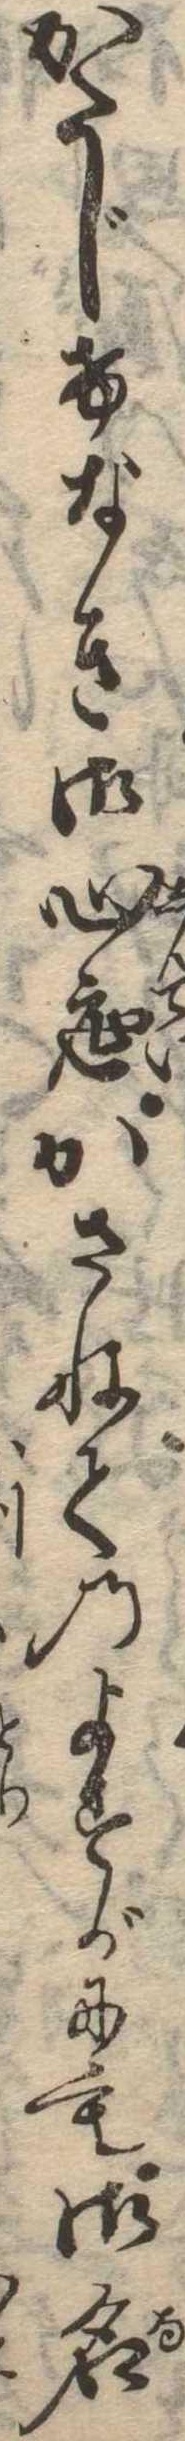
かたじけなき御心底かさねてのよすがにも御名